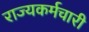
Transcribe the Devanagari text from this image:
राज्यकर्मचारी